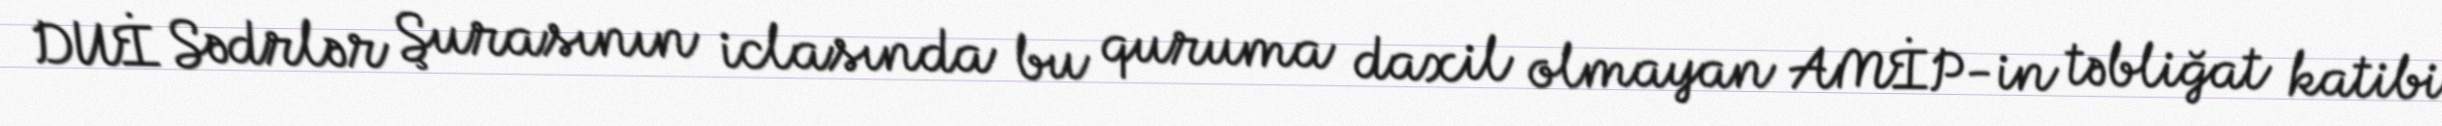
DUİ Sədrlər Şurasının iclasında bu quruma daxil olmayan AMİP-in təbliğat katibi